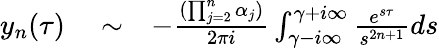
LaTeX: \begin{array}{rlr}{y_{n}(\tau)}&{{}\sim}&{-\frac{(\prod_{j=2}^{n}\alpha_{j})}{2\pi i}\int_{\gamma-i\infty}^{\gamma+i\infty}\frac{e^{s\tau}}{s^{2n+1}}ds}\end{array}